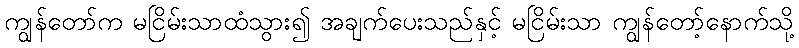
ကျွန်တော်က မငြိမ်းသာထံသွား၍ အချက်ပေးသည်နှင့် မငြိမ်းသာ ကျွန်တော့်နောက်သို့